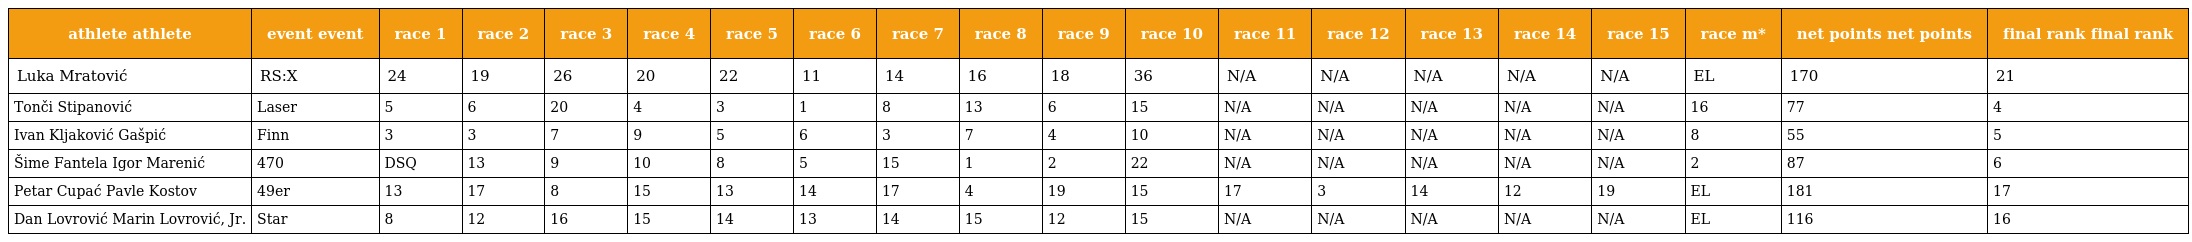
| athlete athlete | event event | race 1 | race 2 | race 3 | race 4 | race 5 | race 6 | race 7 | race 8 | race 9 | race 10 | race 11 | race 12 | race 13 | race 14 | race 15 | race m* | net points net points | final rank final rank |
 | --- | --- | --- | --- | --- | --- | --- | --- | --- | --- | --- | --- | --- | --- | --- | --- | --- | --- | --- | --- |
 | Luka Mratović | RS:X | 24 | 19 | 26 | 20 | 22 | 11 | 14 | 16 | 18 | 36 | N/A | N/A | N/A | N/A | N/A | EL | 170 | 21 |
 | Tonči Stipanović | Laser | 5 | 6 | 20 | 4 | 3 | 1 | 8 | 13 | 6 | 15 | N/A | N/A | N/A | N/A | N/A | 16 | 77 | 4 |
 | Ivan Kljaković Gašpić | Finn | 3 | 3 | 7 | 9 | 5 | 6 | 3 | 7 | 4 | 10 | N/A | N/A | N/A | N/A | N/A | 8 | 55 | 5 |
 | Šime Fantela Igor Marenić | 470 | DSQ | 13 | 9 | 10 | 8 | 5 | 15 | 1 | 2 | 22 | N/A | N/A | N/A | N/A | N/A | 2 | 87 | 6 |
 | Petar Cupać Pavle Kostov | 49er | 13 | 17 | 8 | 15 | 13 | 14 | 17 | 4 | 19 | 15 | 17 | 3 | 14 | 12 | 19 | EL | 181 | 17 |
 | Dan Lovrović Marin Lovrović, Jr. | Star | 8 | 12 | 16 | 15 | 14 | 13 | 14 | 15 | 12 | 15 | N/A | N/A | N/A | N/A | N/A | EL | 116 | 16 |